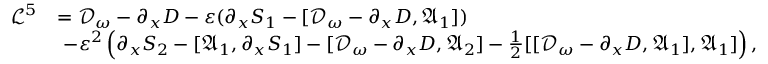
\begin{array} { r l } { \mathcal { L } ^ { 5 } } & { = \mathcal { D } _ { \omega } - \partial _ { x } D - \varepsilon ( \partial _ { x } S _ { 1 } - [ \mathcal { D } _ { \omega } - \partial _ { x } D , \mathfrak { A } _ { 1 } ] ) } \\ & { \ - \varepsilon ^ { 2 } \left( \partial _ { x } S _ { 2 } - [ \mathfrak { A } _ { 1 } , \partial _ { x } S _ { 1 } ] - [ \mathcal { D } _ { \omega } - \partial _ { x } D , \mathfrak { A } _ { 2 } ] - \frac { 1 } { 2 } [ [ \mathcal { D } _ { \omega } - \partial _ { x } D , \mathfrak { A } _ { 1 } ] , \mathfrak { A } _ { 1 } ] \right) , } \end{array}